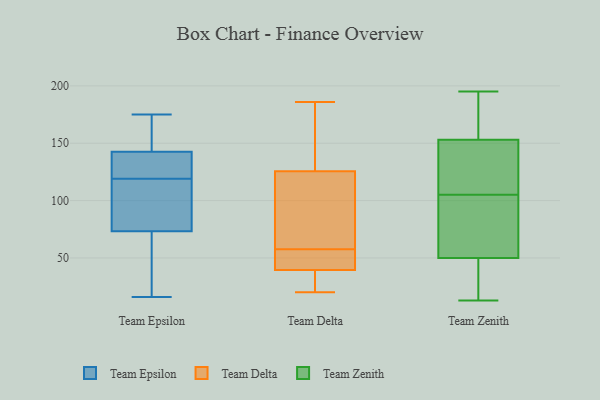
{"axis": {"x": "Waste Production (Tons)", "y": "Value"}, "legend": ["Team Delta", "Team Epsilon", "Team Zenith"], "data": [{"x": "", "y": 143, "type": "Team Epsilon"}, {"x": "", "y": 141, "type": "Team Epsilon"}, {"x": "", "y": 16, "type": "Team Epsilon"}, {"x": "", "y": 89, "type": "Team Epsilon"}, {"x": "", "y": 123, "type": "Team Epsilon"}, {"x": "", "y": 103, "type": "Team Epsilon"}, {"x": "", "y": 137, "type": "Team Epsilon"}, {"x": "", "y": 126, "type": "Team Epsilon"}, {"x": "", "y": 148, "type": "Team Epsilon"}, {"x": "", "y": 68, "type": "Team Epsilon"}, {"x": "", "y": 164, "type": "Team Epsilon"}, {"x": "", "y": 119, "type": "Team Epsilon"}, {"x": "", "y": 27, "type": "Team Epsilon"}, {"x": "", "y": 109, "type": "Team Epsilon"}, {"x": "", "y": 172, "type": "Team Epsilon"}, {"x": "", "y": 19, "type": "Team Epsilon"}, {"x": "", "y": 110, "type": "Team Epsilon"}, {"x": "", "y": 20, "type": "Team Epsilon"}, {"x": "", "y": 175, "type": "Team Epsilon"}, {"x": "", "y": 87, "type": "Team Delta"}, {"x": "", "y": 49, "type": "Team Delta"}, {"x": "", "y": 54, "type": "Team Delta"}, {"x": "", "y": 55, "type": "Team Delta"}, {"x": "", "y": 25, "type": "Team Delta"}, {"x": "", "y": 141, "type": "Team Delta"}, {"x": "", "y": 186, "type": "Team Delta"}, {"x": "", "y": 118, "type": "Team Delta"}, {"x": "", "y": 120, "type": "Team Delta"}, {"x": "", "y": 20, "type": "Team Delta"}, {"x": "", "y": 35, "type": "Team Delta"}, {"x": "", "y": 26, "type": "Team Delta"}, {"x": "", "y": 171, "type": "Team Delta"}, {"x": "", "y": 131, "type": "Team Delta"}, {"x": "", "y": 44, "type": "Team Delta"}, {"x": "", "y": 60, "type": "Team Delta"}, {"x": "", "y": 50, "type": "Team Zenith"}, {"x": "", "y": 107, "type": "Team Zenith"}, {"x": "", "y": 153, "type": "Team Zenith"}, {"x": "", "y": 100, "type": "Team Zenith"}, {"x": "", "y": 42, "type": "Team Zenith"}, {"x": "", "y": 195, "type": "Team Zenith"}, {"x": "", "y": 82, "type": "Team Zenith"}, {"x": "", "y": 125, "type": "Team Zenith"}, {"x": "", "y": 163, "type": "Team Zenith"}, {"x": "", "y": 104, "type": "Team Zenith"}, {"x": "", "y": 106, "type": "Team Zenith"}, {"x": "", "y": 13, "type": "Team Zenith"}, {"x": "", "y": 23, "type": "Team Zenith"}, {"x": "", "y": 165, "type": "Team Zenith"}]}